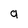
Character: a